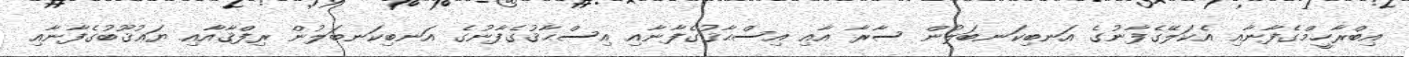
އިބްރާހީމްގެފާނާއި އެކަލޭގެފާނުގެ އަނބިކަނބަލުން ސާރާ އާއި އިސްޙާޤުގެފާނާއި އިސްޙާޤުގެފާނުގެ އަނބިކަނބަލުން ރިފްޤާއާއި ޔަޢުޤޫބުގެފާނާއި